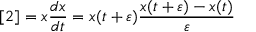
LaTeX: [ 2 ] = x { \frac { d x } { d t } } = x ( t + \varepsilon ) { \frac { x ( t + \varepsilon ) - x ( t ) } { \varepsilon } }